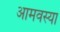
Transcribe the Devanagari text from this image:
आमवस्या